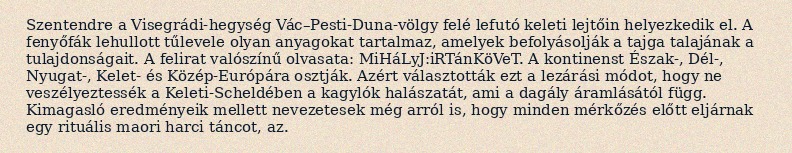
Szentendre a Visegrádi-hegység Vác–Pesti-Duna-völgy felé lefutó keleti lejtőin helyezkedik el. A fenyőfák lehullott tűlevele olyan anyagokat tartalmaz, amelyek befolyásolják a tajga talajának a tulajdonságait. A felirat valószínű olvasata: MiHáLyJ:iRTánKöVeT. A kontinenst Észak-, Dél-, Nyugat-, Kelet- és Közép-Európára osztják. Azért választották ezt a lezárási módot, hogy ne veszélyeztessék a Keleti-Scheldében a kagylók halászatát, ami a dagály áramlásától függ. Kimagasló eredményeik mellett nevezetesek még arról is, hogy minden mérkőzés előtt eljárnak egy rituális maori harci táncot, az.